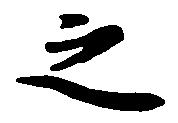
之